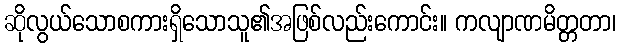
ဆိုလွယ်သောစကားရှိသောသူ၏အဖြစ်လည်းကောင်း။ ကလျာဏမိတ္တတာ၊